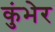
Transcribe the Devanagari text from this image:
कुंभेर